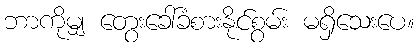
ဘာကိုမျှ တွေးခေါ်ခံစားနိုင်စွမ်း မရှိသေးပေ။